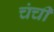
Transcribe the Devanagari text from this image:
चंची